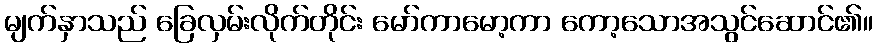
မျက်နှာသည် ခြေလှမ်းလိုက်တိုင်း မော်ကာမော့ကာ ကော့သောအသွင်ဆောင်၏။